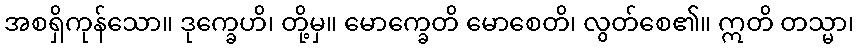
အစရှိကုန်သော။ ဒုက္ခေဟိ၊ တို့မှ။ မောက္ခေတိ မောစေတိ၊ လွတ်စေ၏။ ဣတိ တသ္မာ၊